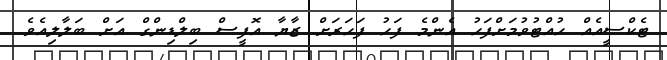
ޓެކްސީއެއް ހުއްޓުވުމަށްފަހު އެންމެ ފަހު ފަހަރަށް ޒާޔާ އޮފީސް ބިލްޑިންގް އަށް ބަލާލިއެވެ.